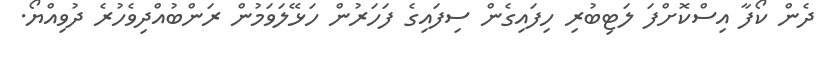
ދެން ކޯފާ އިސްކޮށްފަ ލަޓިބުރި ހިފައިގެން ސިފައިގެ ފަހަރުން ހަޅޭލަވަމުން ރަންބުއްދިވެހުރެ ދުވިއްޔޯ.